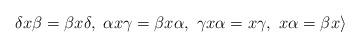
LaTeX: \begin{align*}\delta{x}\beta=\beta{x}\delta,~\alpha{x}\gamma=\beta{x}\alpha,~\gamma{x}\alpha=x\gamma,~x\alpha=\beta{x}\rangle\end{align*}